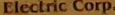
Electric Corp.